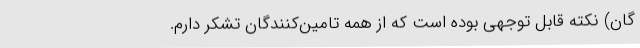
گان) نکته قابل توجهی بوده است که از همه تامین‌کنندگان تشکر دارم.